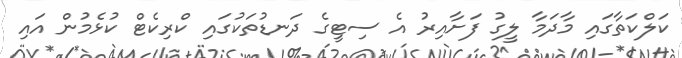
ކަލްކަތާގައި މާދަމާ ލީގު ފަށާއިރު އެ ސިޓީގެ ދަނޑުތަކުގައި ކްރިކެޓް ކުޅެމުން އައި